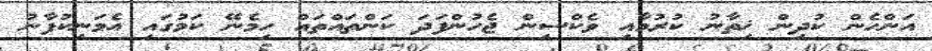
އަންހެން ކުދިން ޚިތާނު ކުރުމާއި ވެކްސިން ޖެހުންފަދަ ކަންތައްތައް ހިމެނޭ ކަމުގައި އެމަނިކުފާނު